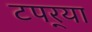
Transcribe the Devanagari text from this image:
टपर्‍या